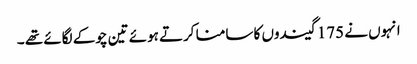
انہوں نے 175 گیندوں کا سامنا کرتے ہوئے تین چوکے لگائے تھے ۔